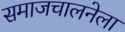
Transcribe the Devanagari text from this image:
समाजचालनेला